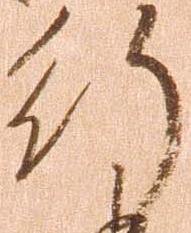
行